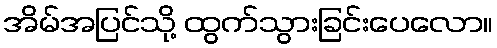
အိမ်အပြင်သို့ ထွက်သွားခြင်းပေလော။